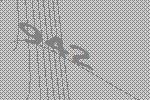
942